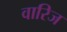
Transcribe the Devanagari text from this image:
वारिज